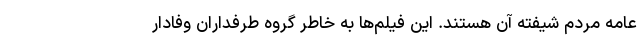
عامه مردم شیفته آن هستند. این فیلم‌ها به خاطر گروه طرفداران وفادار